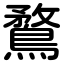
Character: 鶩